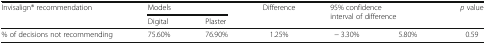
| <ROWSPAN=2> Invisalign® recommendation | <COLSPAN=2> Models | <ROWSPAN=2> Difference | <ROWSPAN=2-COLSPAN=2> 95% confidence interval of difference | <ROWSPAN=2> p value |
 | Digital | Plaster |
 | --- | --- | --- | --- | --- | --- | --- |
 | % of decisions not recommending | 75.60% | 76.90% | 1.25% | − 3.30% | 5.80% | 0.59 |